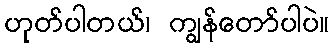
ဟုတ်ပါတယ်၊ ကျွန်တော်ပါပဲ။